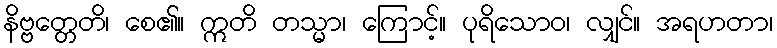
နိဗ္ဗတ္တေတိ၊ စေ၏။ ဣတိ တသ္မာ၊ ကြောင့်။ ပုရိသောဝ၊ လျှင်။ အရဟတာ၊